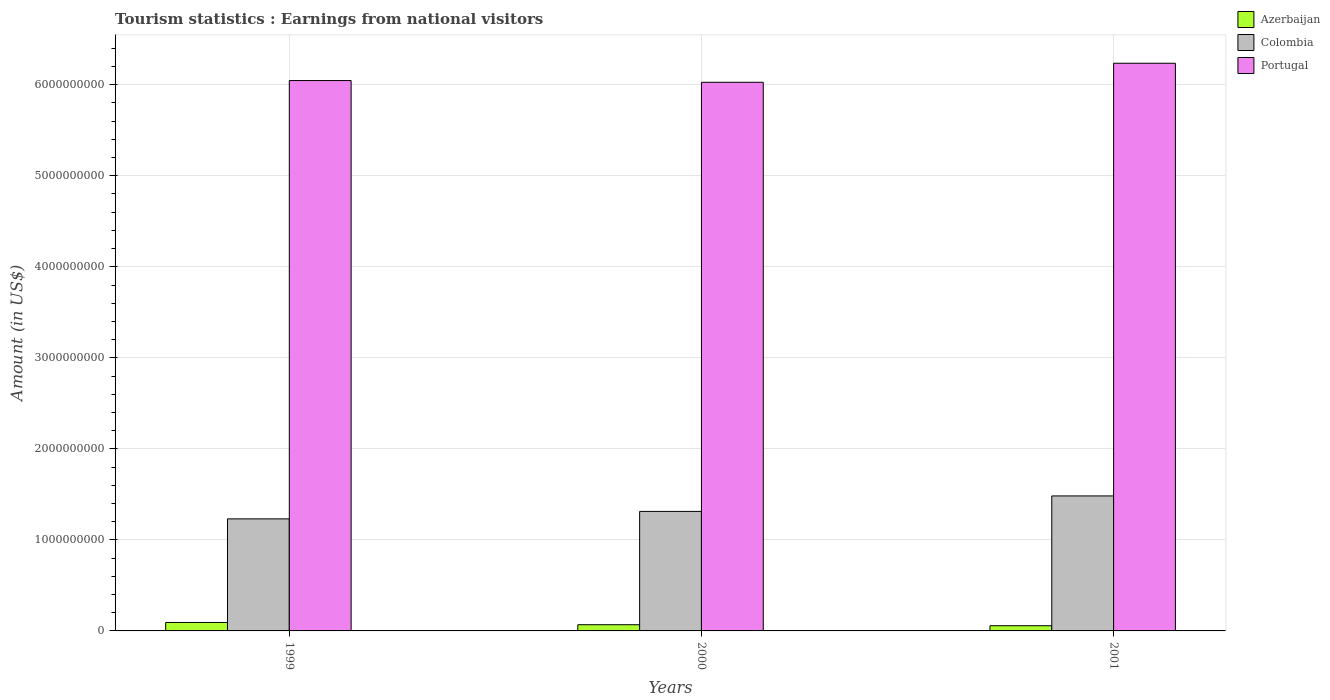
| Years | Azerbaijan | Colombia | Portugal |
 | --- | --- | --- | --- |
 | 1999 | 9.3e+07 | 1.23e+09 | 6.05e+09 |
 | 2000 | 6.8e+07 | 1.31e+09 | 6.03e+09 |
 | 2001 | 5.7e+07 | 1.48e+09 | 6.24e+09 |